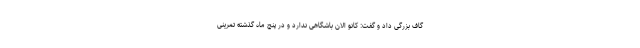
گاف بزرگی داد و گفت: کانو الان باشگاهی ندارد و در پنج ماه گذشته تمرینی